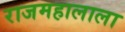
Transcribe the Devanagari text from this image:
राजमहालाला